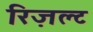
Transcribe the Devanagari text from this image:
रिज़ल्ट